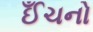
ઈઁચનો